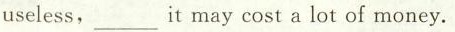
useless,___it may cost a lot of money.